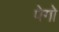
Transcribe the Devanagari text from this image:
पेगो